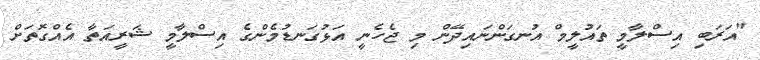
"އަރަބި އިސްލާމީ ތައުލީމް އުނގަންނައިދޭން މި ޖެހެނީ އަޅުގަނޑުމެންގެ އިސްލާމީ ޝަރީއަތާ އެއްގޮތަށް